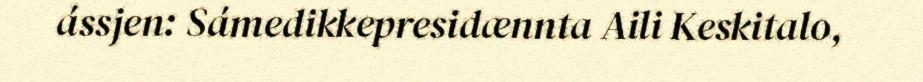
ássjen: Sámedikkepresidænnta Aili Keskitalo,